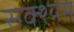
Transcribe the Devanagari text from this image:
सक्श्यम